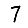
Digit: 7